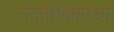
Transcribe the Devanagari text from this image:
रामाशिवायच्या